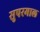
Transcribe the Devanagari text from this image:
सुपरमाल